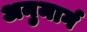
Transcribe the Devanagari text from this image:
अनुमार्ग